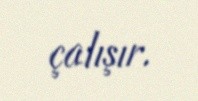
çalışır.